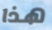
هذا